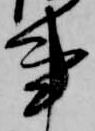
事